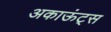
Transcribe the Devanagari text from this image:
अकाऊंट्‌स